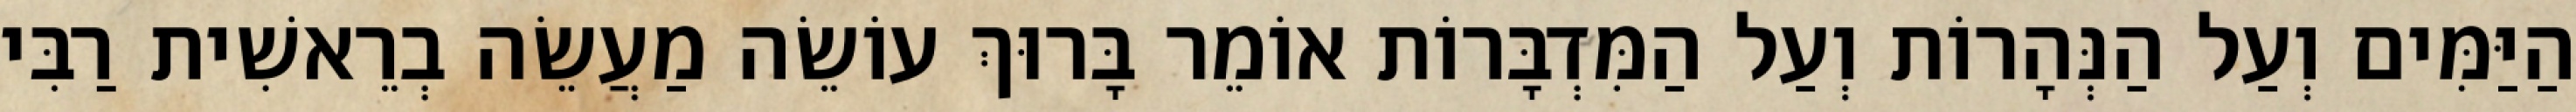
הַיַּמִּים וְעַל הַנְּהָרוֹת וְעַל הַמִּדְבָּרוֹת אוֹמֵר בָּרוּךְ עוֹשֵׂה מַעֲשֵׂה בְרֵאשִׁית רַבִּי